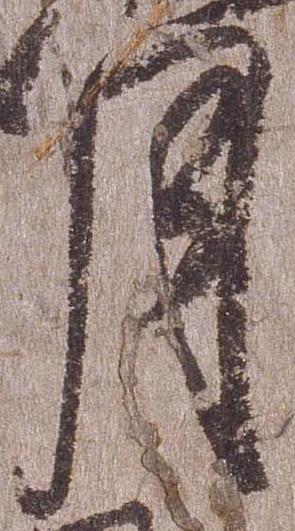
月